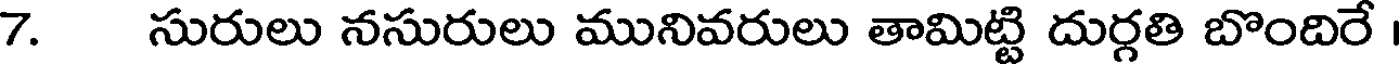
7. సురులు నసురులు మునివరులు తామిట్టి దుర్గతి బొందిరే